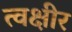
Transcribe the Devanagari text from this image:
त्वक्षीर